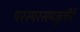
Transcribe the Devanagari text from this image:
परस्परसमजुतीने